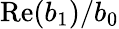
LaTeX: \mathrm{Re}(b_{1})/b_{0}